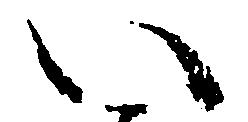
い